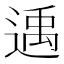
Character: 𨕘